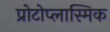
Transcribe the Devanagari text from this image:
प्रोटोप्लास्मिक